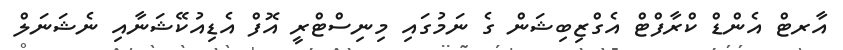
އާރޓް އެންޑް ކްރާފްޓް އެގްޒިބިޝަން ގެ ނަމުގައި މިނިސްޓްރީ އޮފް އެޑިއުކޭޝަނާއި ނެޝަނަލް